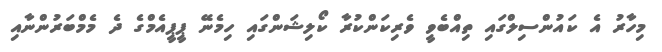
މިހާރު އެ ކައުންސިލްގައި ތިއްބެވީ ވެރިކަންކުރާ ކޯލިޝަންގައި ހިމެނޭ ޕީޕީއެމްގެ ދެ މެމްބަރުންނާއި